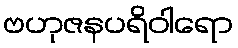
ဗဟုဇနပရိဝါရော